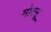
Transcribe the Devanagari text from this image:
मोत्सू